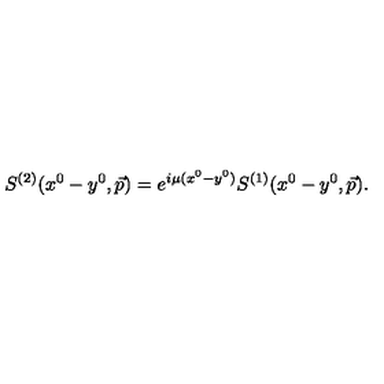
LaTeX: S ^ { ( 2 ) } ( x ^ { 0 } - y ^ { 0 } , \vec { p } ) = e ^ { i \mu ( x ^ { 0 } - y ^ { 0 } ) } S ^ { ( 1 ) } ( x ^ { 0 } - y ^ { 0 } , \vec { p } ) .